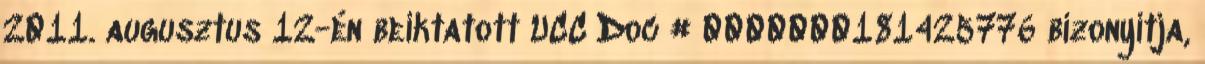
2011. augusztus 12-én beiktatott UCC Doc # 0000000181425776 bizonyítja,